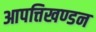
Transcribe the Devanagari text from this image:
आपत्तिखण्डन